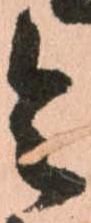
令